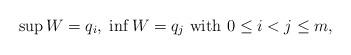
LaTeX: \begin{align*}\sup W=q_i,\; \inf W=q_j \mbox{ with } 0\leq i<j\leq m,\end{align*}